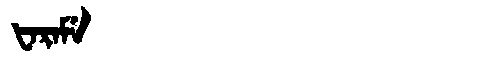
Manchu: ᡶᠠᡵᠠᠮᡝ
Romanization: FARAME